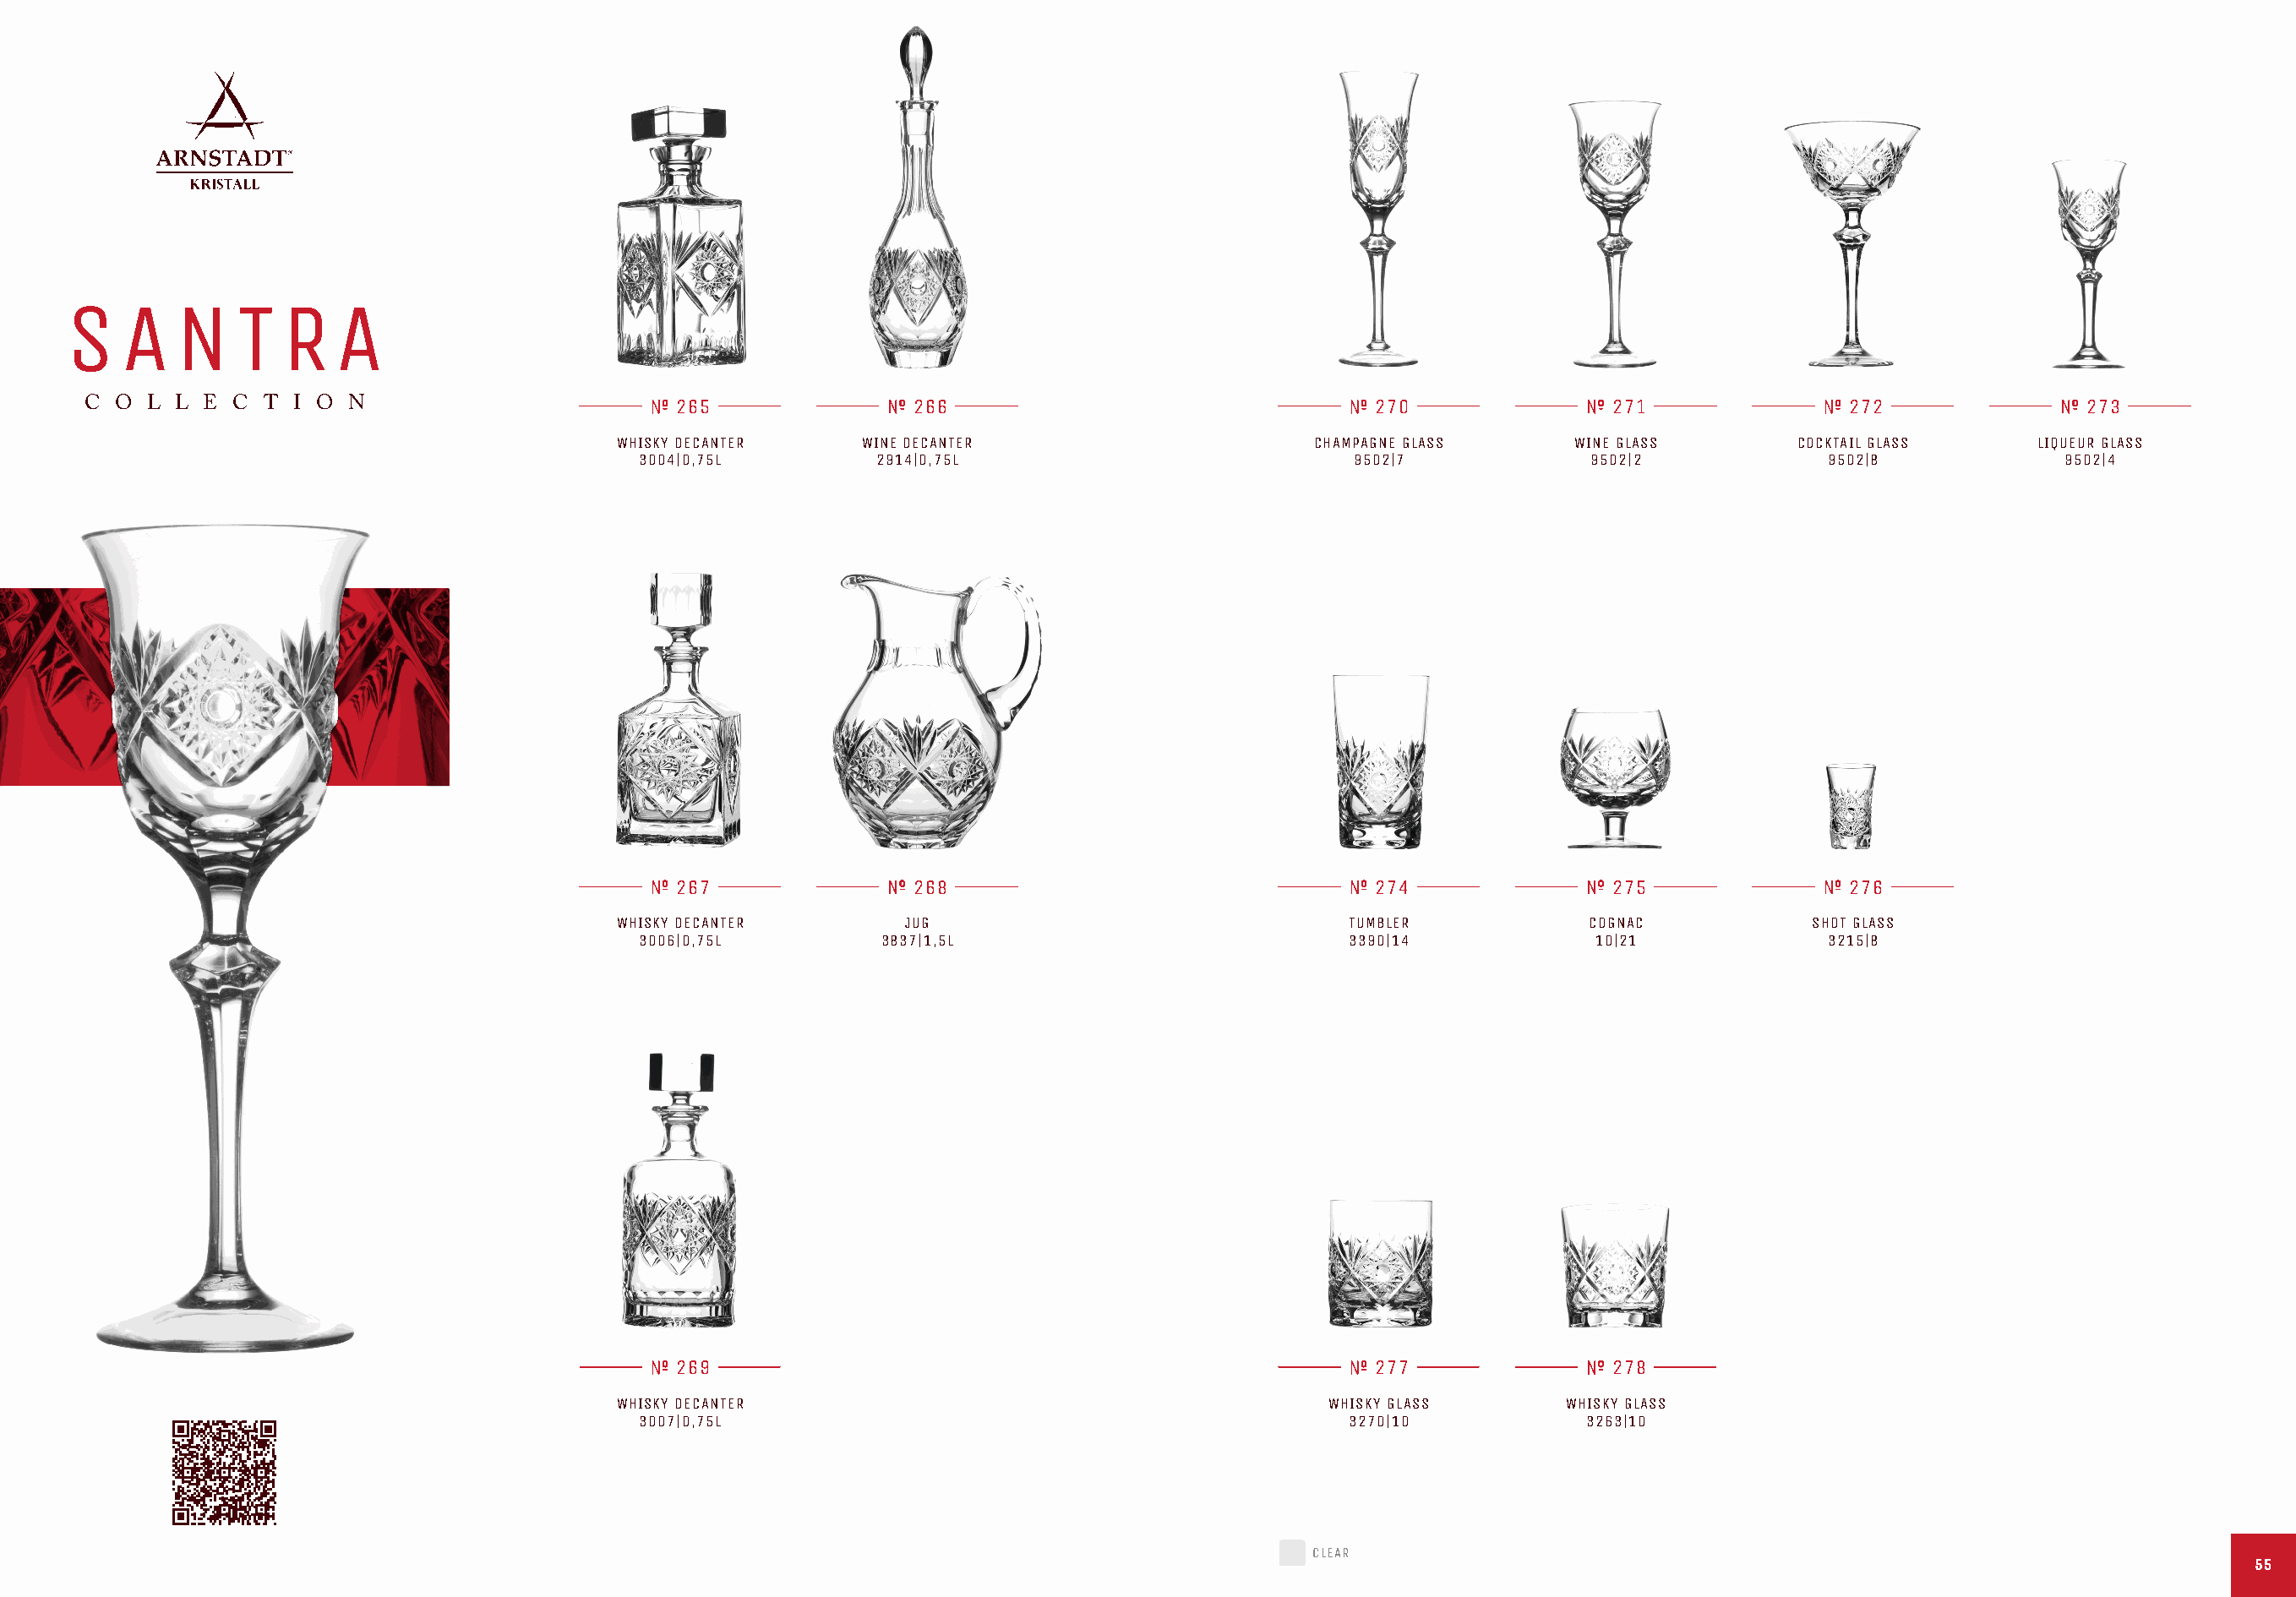
S    A   N    T  R   A
 C O  L L E C  T I O N                         265                266                                 270               271                272               273
 WHISKY DECANTER     WINE DECANTER                      CHAMPAGNE GLASS     WINE GLASS        COCKTAIL GLASS     LIQUEUR GLASS
 3004|0,75L         2914|0,75L                           9502|7             9502|2            9502|8             9502|4
 267                268                                 274               275                276
 WHISKY DECANTER        JUG                                TUMBLER           COGNAC            SHOT GLASS
 3006|0,75L         3837|1,5L                            3390|14            10|21             3215|8
 269                                                    277               278
 WHISKY DECANTER                                         WHISKY GLASS       WHISKY GLASS
 3007|0,75L                                              3270|10           3263|10
 CLEAR
 5555